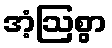
အံ့ဩစွာ